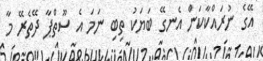
އޭގެ ނުރައްކާކަން އެނގޭ ބަޔަކު ތިބި ނަމަ އެ ސޫތްޕާ ދޭތެރޭ މާ